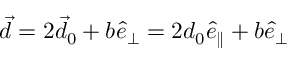
\vec { d } = 2 \vec { d } _ { 0 } + b \hat { e } _ { \perp } = 2 d _ { 0 } \hat { e } _ { \parallel } + b \hat { e } _ { \perp }